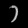
Digit: ၁